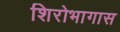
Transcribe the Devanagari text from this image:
शिरोभागास